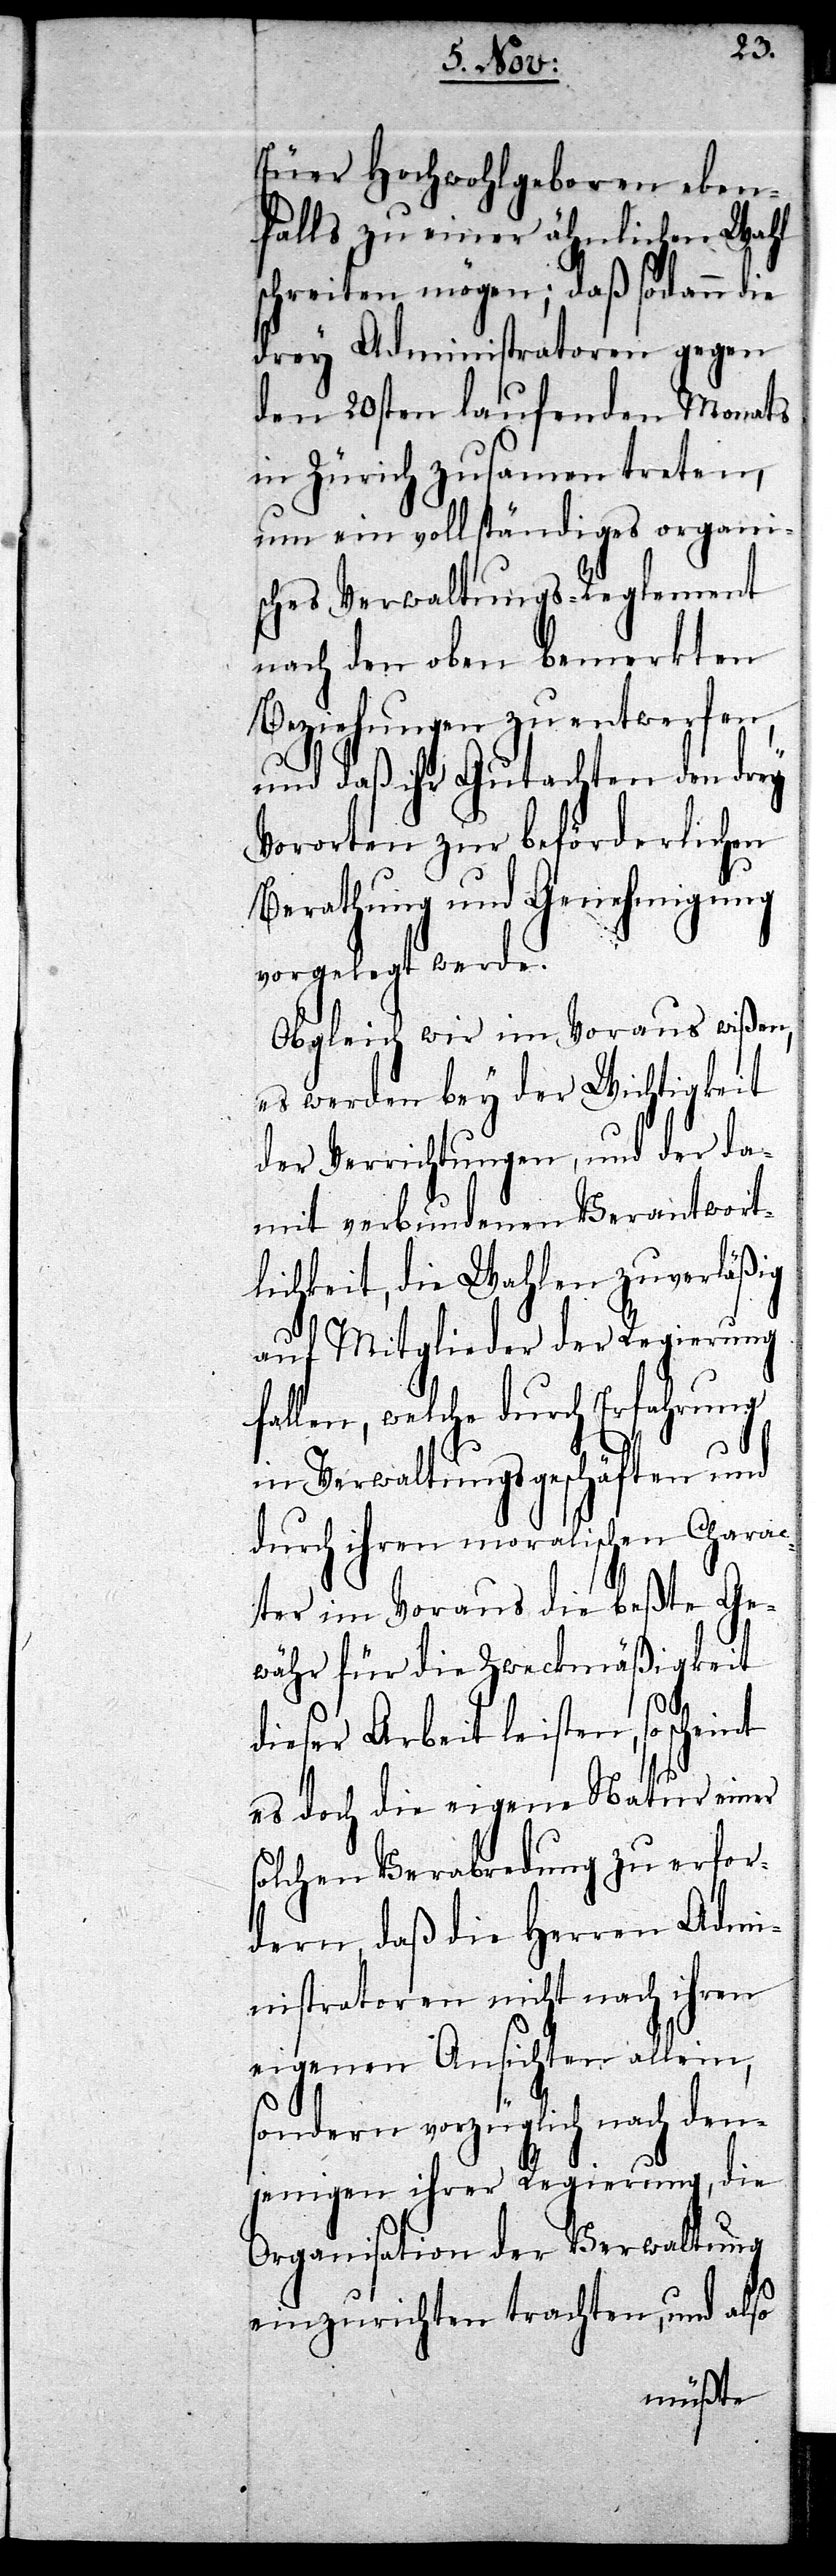
Euer Hochwohlgeboren eben¬
falls zu einer ähnlichen Wahl
schreiten mögen; daß sodann die
drey Administratoren gegen
den 20sten laufenden Monats
in Zürich zusamen treten,
um ein vollständiges organi¬
sches Verwaltungs-Reglement
nach den oben bemerkten
Beziehungen zu entwerfen,
und daß ihr Gutachten den drey
Vororten zur beförderlichen
Berathung und Genehmigung
vorgelegt werde.
Obgleich wir im Voraus wißen,
es werden bey der Wichtigkeit
der Verrichtungen, und der da¬
mit verbundenen Verantwort¬
lichkeit, die Wahlen zuverläßig
auf Mitglieder der Regierung
fallen, welche durch Erfahrung
in Verwaltungsgeschäften und
durch ihren moralischen Charac¬
ter im Voraus die beßte Ge¬
währ für die Zweckmäßigkeit
dieser Arbeit leisten, so
es doch die eigene Natur einer
solchen Verabredung zu erfor¬
dern, daß die Herren Admi¬
nistratoren nicht nach ihren
eigenen Ansichten allein,
sondern vorzüglich nach den¬
jenigen ihrer Regierung, die
Organisation der Verwaltung
einzurichten trachten, und also